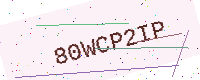
Text: 80WCP2IP